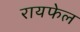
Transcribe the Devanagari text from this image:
रायफेल